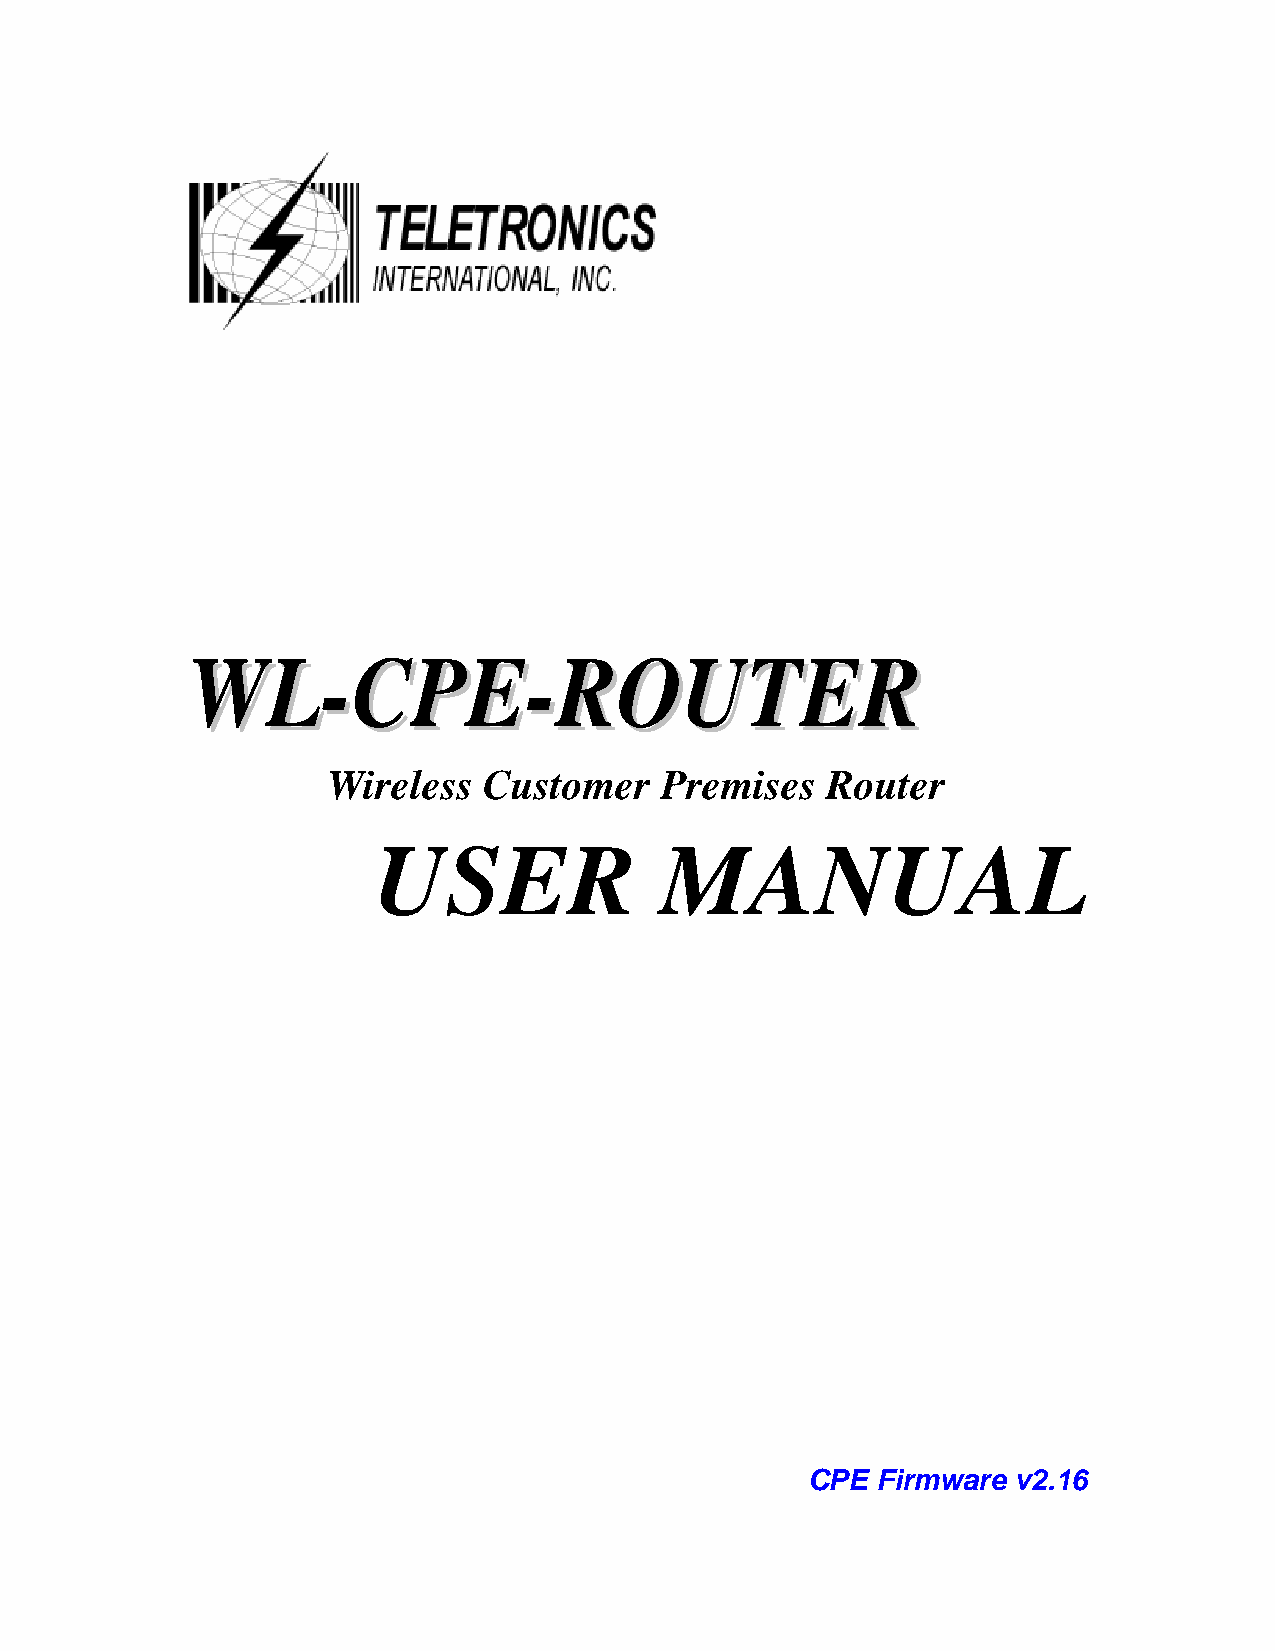
WWLL--CCPPEE--RROOUUTTEERR
 Wireless  Customer    Premises   Router
 USER               MANUAL
 CPE  Firmware v2.16